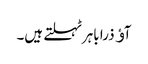
آﺅ ذرا باہرٹہلتے ہیں۔